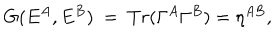
G ( E ^ { A } , E ^ { B } ) ~ = ~ T r ( \Gamma ^ { A } \Gamma ^ { B } ) = \eta ^ { A B } , \nonumber